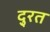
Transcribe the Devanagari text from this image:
दु्रत